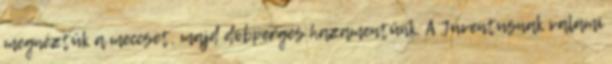
megnéztük a meccset, majd dobpergés hazamentünk. A Juventusnak valami